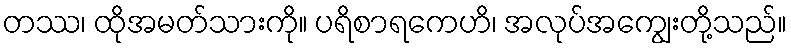
တဿ၊ ထိုအမတ်သားကို။ ပရိစာရကေဟိ၊ အလုပ်အကျွေးတို့သည်။